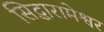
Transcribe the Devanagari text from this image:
सिद्धारामेश्वर